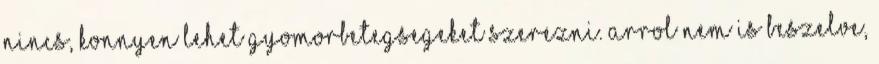
nincs, konnyen lehet gyomorbetegsegeket szerezni. Arrol nem is beszelve,